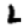
Digit: 2